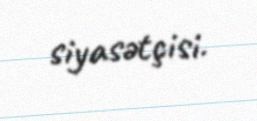
siyasətçisi.